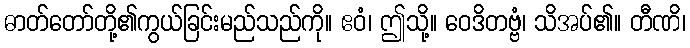
ဓာတ်တော်တို့၏ကွယ်ခြင်းမည်သည်ကို။ ဧဝံ၊ ဤသို့။ ဝေဒိတဗ္ဗံ၊ သိအပ်၏။ တီဏိ၊